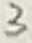
Text: 3